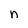
Character: n